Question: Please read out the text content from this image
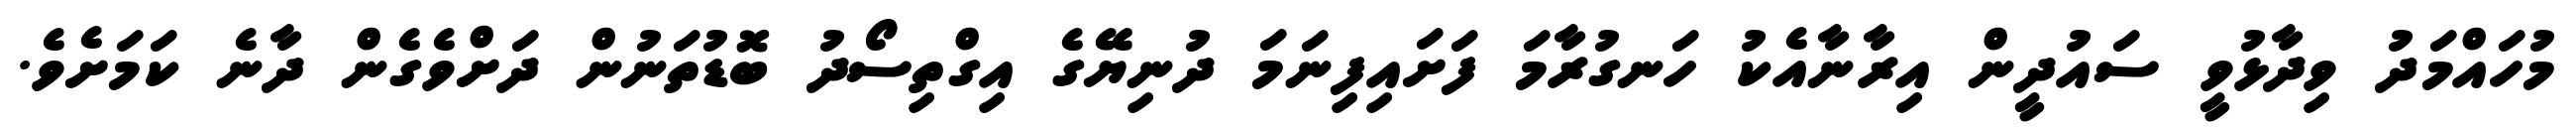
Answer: މުހައްމަދު ވިދާޅުވީ ސައުދީން އިރާނާއެކު ހަނގުރާމަ ފަށައިފިނަމަ ދުނިޔޭގެ އިގްތިސޯދު ބޮޑުތަނުން ދަށްވެގެން ދާނެ ކަމަށެވެ.